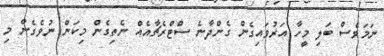
ނަމަވެސް ބަލި މީހާ އަރުވައިގެން ގެންދާނެ ސްޓްރެޗާއެއް ނެތިގެން މިކަން ނުވެގެން މި